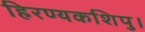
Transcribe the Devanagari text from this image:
हिरण्यकशिपु।